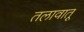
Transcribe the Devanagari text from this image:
तलावातू